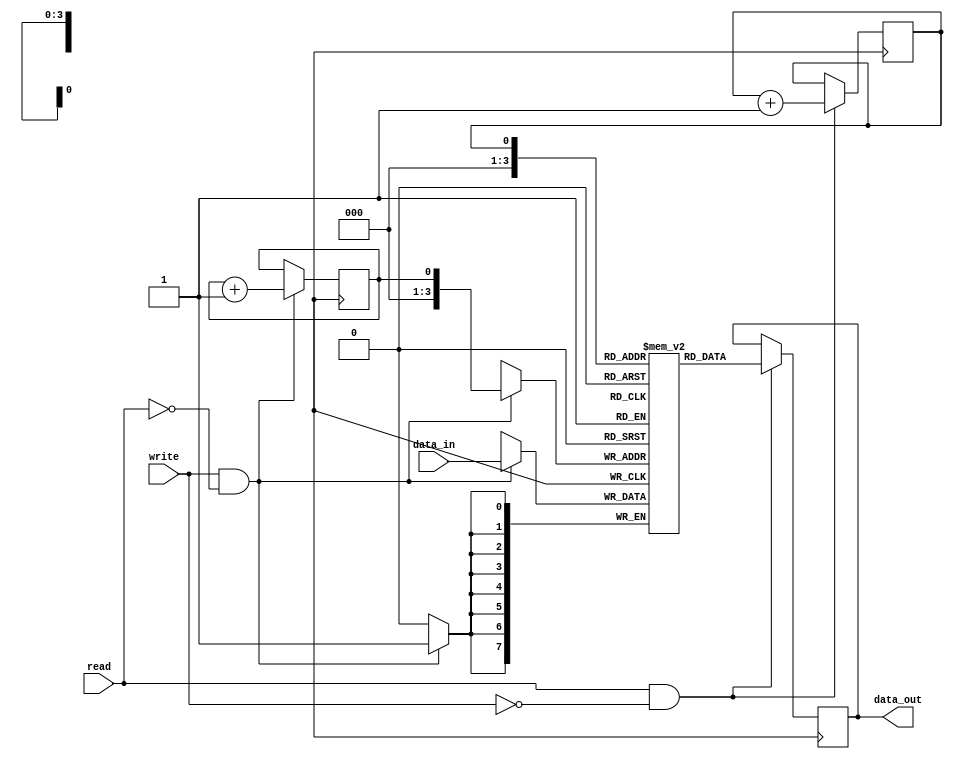
module FIFOBuffer (
  input [width-1:0] data_in,
  input write,
  input read,
  output [width-1:0] data_out
);

parameter depth = 16;
parameter width = 8;

reg [width-1:0] buffer [depth-1:0];
reg wr_ptr = 0;
reg rd_ptr = 0;

always @(posedge clk) begin
  if (write && !read) begin
    buffer[wr_ptr] <= data_in;
    wr_ptr <= (wr_ptr == depth-1) ? 0 : wr_ptr + 1;
  end
  
  if (read && !write) begin
    data_out <= buffer[rd_ptr];
    rd_ptr <= (rd_ptr == depth-1) ? 0 : rd_ptr + 1;
  end
end

endmodule